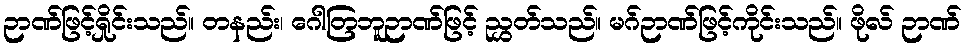
ဉာဏ်ဖြင့်ရှိုင်းသည်။ တနည်း၊ ဂေါတြဘူဉာဏ်ဖြင့် ညွှတ်သည်။ မဂ်ဉာဏ်ဖြင့်ကိုင်းသည်။ ဖိုလ် ဉာဏ်